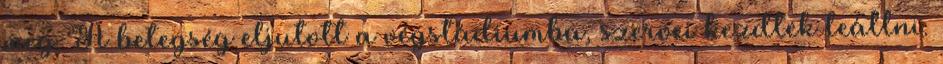
meg. A betegség eljutott a végstádiumba, szervei kezdtek leállni.